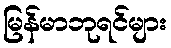
မြန်မာဘုရင်များ